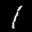
Label: 1